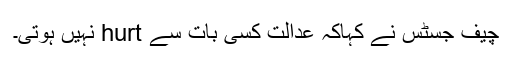
چیف جسٹس نے کہاکہ عدالت کسی بات سے hurt نہیں ہوتی۔